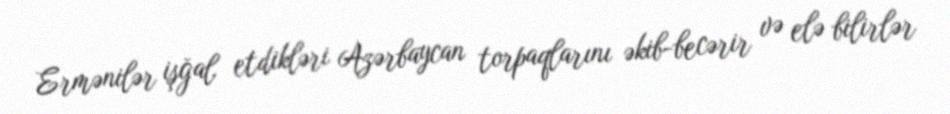
Ermənilər işğal etdikləri Azərbaycan torpaqlarını əkib-becərir və elə bilirlər